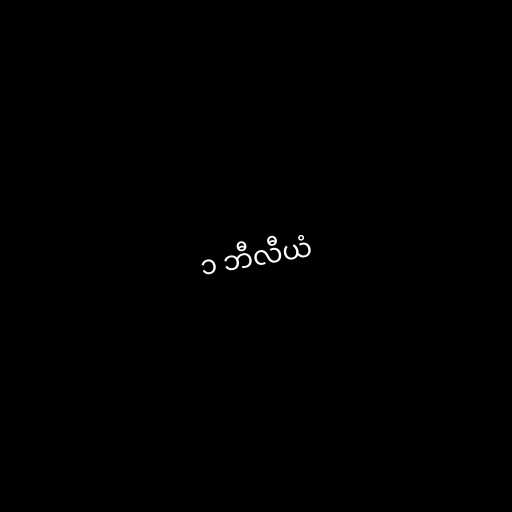
၁ ဘီလီယံ